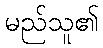
မည်သူ၏